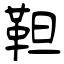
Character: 靼